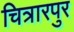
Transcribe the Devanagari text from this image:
चित्रारपुर